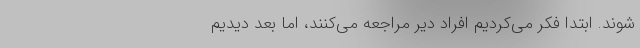
‌شوند. ابتدا فکر می‌کردیم افراد دیر مراجعه می‌کنند، اما بعد دیدیم